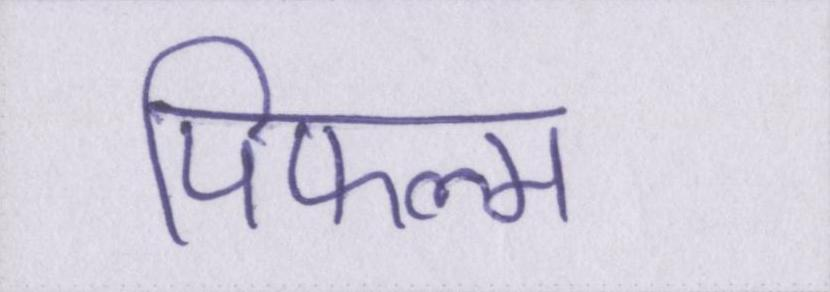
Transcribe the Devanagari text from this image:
पिफल्म